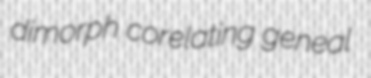
dimorph corelating geneal